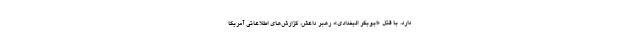
دارد. با قتل «ابوبکر البغدادی»، رهبر داعش، گزارش‌های اطلاعاتی آمریکا